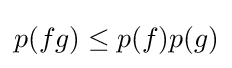
p(fg)\leq p(f)p(g)